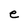
Character: e